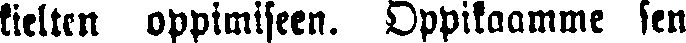
kielten oppimiseen. Oppilaamme sen